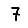
Digit: 7